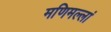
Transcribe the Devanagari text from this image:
मणिमल्लां